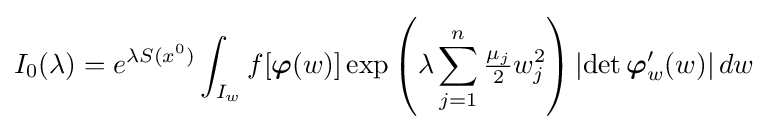
I_{0}(\lambda )=e^{\lambda S(x^{0})}\int _{I_{w}}f[{\boldsymbol {\varphi }}(w)]\exp \left(\lambda \sum _{j=1}^{n}{\tfrac {\mu _{j}}{2}}w_{j}^{2}\right)\left|\det {\boldsymbol {\varphi }}_{w}'(w)\right|dw